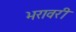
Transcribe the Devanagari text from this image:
भरावरी